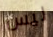
ليس